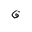
Letter: _qaf